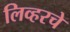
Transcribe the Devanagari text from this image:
लिव्हरचे